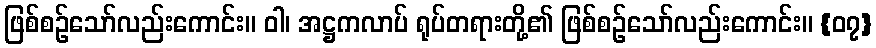
ဖြစ်စဉ်သော်လည်းကောင်း။ ဝါ၊ အဋ္ဌကလာပ် ရုပ်တရားတို့၏ ဖြစ်စဉ်သော်လည်းကောင်း။ {၀၇}